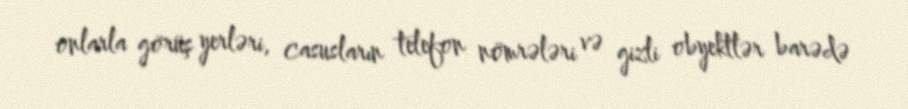
onlarla görüş yerləri, casusların telefon nömrələri və gizli obyektlər barədə